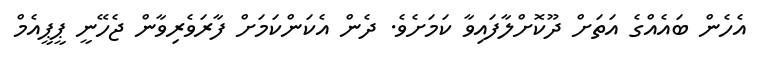
އެހެން ބައެއްގެ އަތަށް ދޫކޮށްލާފައިވާ ކަމަށެވެ. ދެން އެކަންކަމަށް ފާރަވެރިވާން ޖެހޭނީ ޕީޕީއެމް